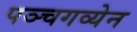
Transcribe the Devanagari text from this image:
पञ्चगव्येन